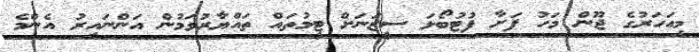
މިއަހަރުގެ ޖޫން މަހު ފަށާ ފުޓުބޯޅަ ސީޒަނަށް ޓީމުތައް ތައްޔާރުވަމުން އަންނައިރު އެންމެ